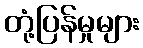
တုံ့ပြန်မှုများ